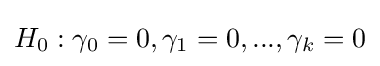
H_{0}:\gamma _{0}=0,\gamma _{1}=0,...,\gamma _{k}=0